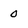
Character: 0